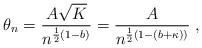
LaTeX: \begin{align*} \theta_n = \frac{A\sqrt{K}}{n^{\frac{1}{2}(1-b)}} = \frac{A}{n^{\frac{1}{2}(1-(b+\kappa))}} \;,\,\end{align*}